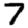
Digit: 7